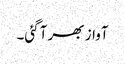
آواز بھر آگئی۔